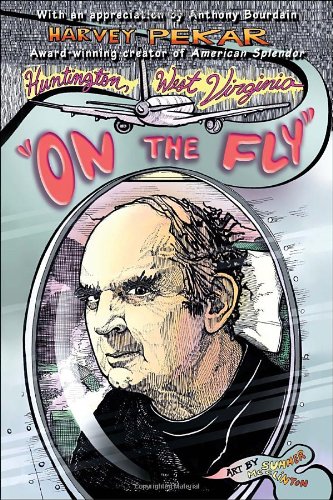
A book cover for Huntington, West Virginia "On the Fly"; Harvey Pekar; Comics & Graphic Novels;